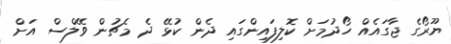
ޔޫރޯގެ ޖާގައެއް ހޯދުމަށް ކޮލިފައިންގައި ދެން ކުޅޭ ދެ މެޗުން ވޭލްސް އަށް